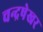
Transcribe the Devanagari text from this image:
चन्द्रषेखर